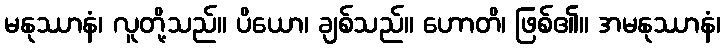
မနုဿာနံ၊ လူတို့သည်။ ပိယော၊ ချစ်သည်။ ဟောတိ၊ ဖြစ်၏။ အမနုဿာနံ၊